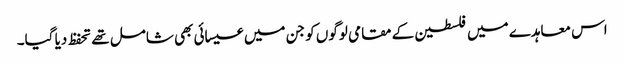
اس معاہدے میں فلسطین کے مقامی لوگوں کو جن میں عیسائی بھی شامل تھے تحفظ دیا گیا۔